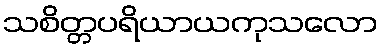
သစိတ္တပရိယာယကုသလော